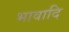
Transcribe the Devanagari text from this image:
भावादि